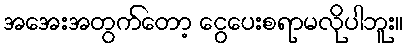
အအေးအတွက်တော့ ငွေပေးစရာမလိုပါဘူး။